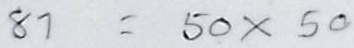
81 = 50 x 50